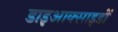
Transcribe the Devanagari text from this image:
डाइआक्साइडों